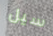
سيل